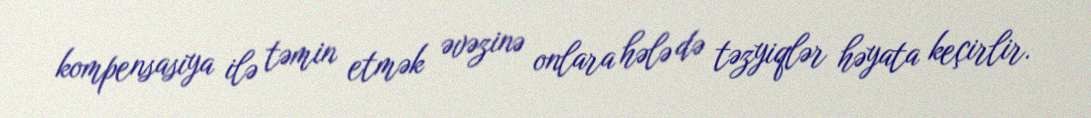
kompensasiya ilə təmin etmək əvəzinə onlara hələ də təzyiqlər həyata keçirlir.